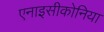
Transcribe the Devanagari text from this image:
एनाइसीकोनिया